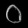
Digit: ၀